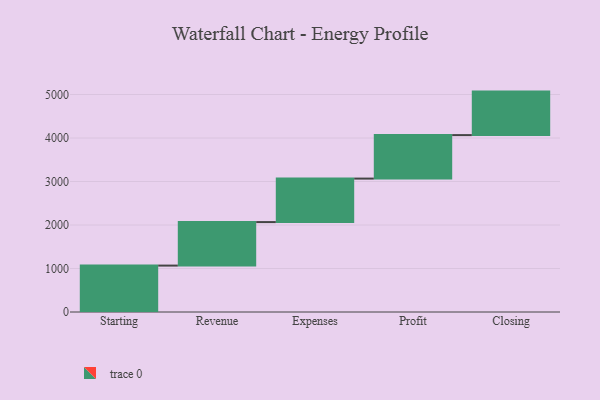
{"axis": {"x": "Step", "y": "Value"}, "legend": [""], "data": [{"x": "Starting", "y": 1067.0, "type": ""}, {"x": "Revenue", "y": 1000, "type": ""}, {"x": "Expenses", "y": 1000, "type": ""}, {"x": "Profit", "y": 1000, "type": ""}, {"x": "Closing", "y": 1000, "type": ""}]}